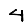
Digit: 4